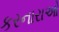
કરનારાઓ